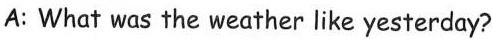
A: What was the weather like yesterday?